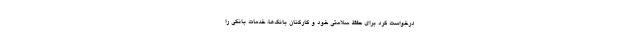
درخواست کرد برای حفظ سلامتی خود و کارکنان بانک‌ها، خدمات بانکی را